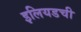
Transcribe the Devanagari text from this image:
इलियडची